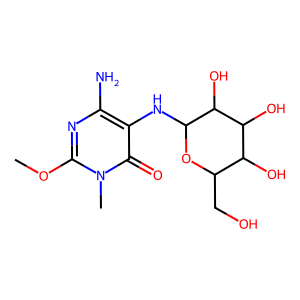
SMILES: COc1nc(N)c(NC2OC(CO)C(O)C(O)C2O)c(=O)n1C
Inhibits HIV replication: No